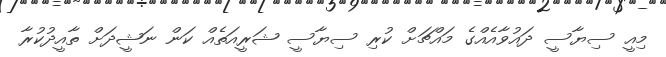
މިއީ ސިޔާސީ ދައުވާއެއްގެ މައްޗަށް ކުރި ސިޔާސީ ޝަރީއަތެއް ކަން ނަޝީދަށް ތާއީދުކުރާ